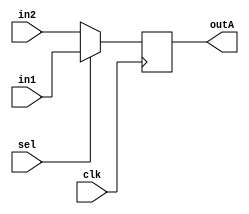
module muxA (
    input clk,
    input [31:0] in1,
    input [31:0] in2,
    input sel,
    output reg [31:0] outA
);

always @(posedge clk) begin
    if (sel == 1'b1) begin
        outA <= in1;
    end
    else begin
        outA <= {16'b0, in2};
    end
end

endmodule